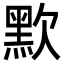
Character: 㱄